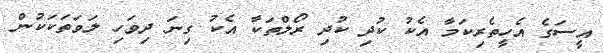
އީސަގެ އެހީތެރިކަމާ އެކު ކުދި ކުދި ރޯލްތަކާ އެކު ގިނަ ދިވަހި ލަވަތަކަކުން